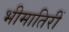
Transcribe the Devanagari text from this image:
भीमातिरीं